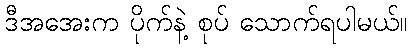
ဒီအအေးက ပိုက်နဲ့ စုပ် သောက်ရပါမယ်။